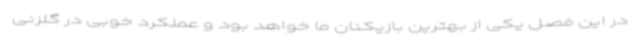
در این فصل یکی از بهترین بازیکنان ما خواهد بود و عملکرد خوبی در گلزنی